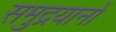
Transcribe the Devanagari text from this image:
समुद्रयानों